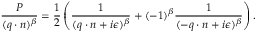
\frac { P } { ( q \cdot n ) ^ { \beta } } = \frac { 1 } { 2 } \left( \frac { 1 } { ( q \cdot n + i \epsilon ) ^ { \beta } } + ( - 1 ) ^ { \beta } \frac { 1 } { ( - q \cdot n + i \epsilon ) ^ { \beta } } \right) .